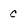
Character: c